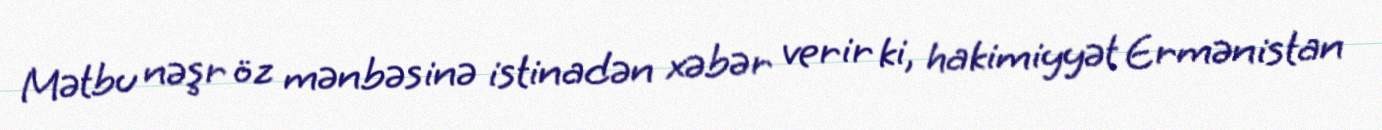
Mətbu nəşr öz mənbəsinə istinadən xəbər verir ki, hakimiyyət Ermənistan